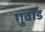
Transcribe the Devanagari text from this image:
गुवाड